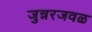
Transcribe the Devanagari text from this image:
जुन्नरजवळ